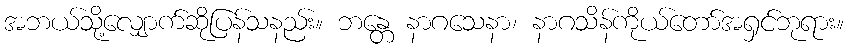
အဘယ်သို့လျှောက်ဆိုပြန်သနည်း။ ဘန္တေ နာဂသေနာ၊ နာဂသိန်ကိုယ်တော်အရှင်ဘုရား။